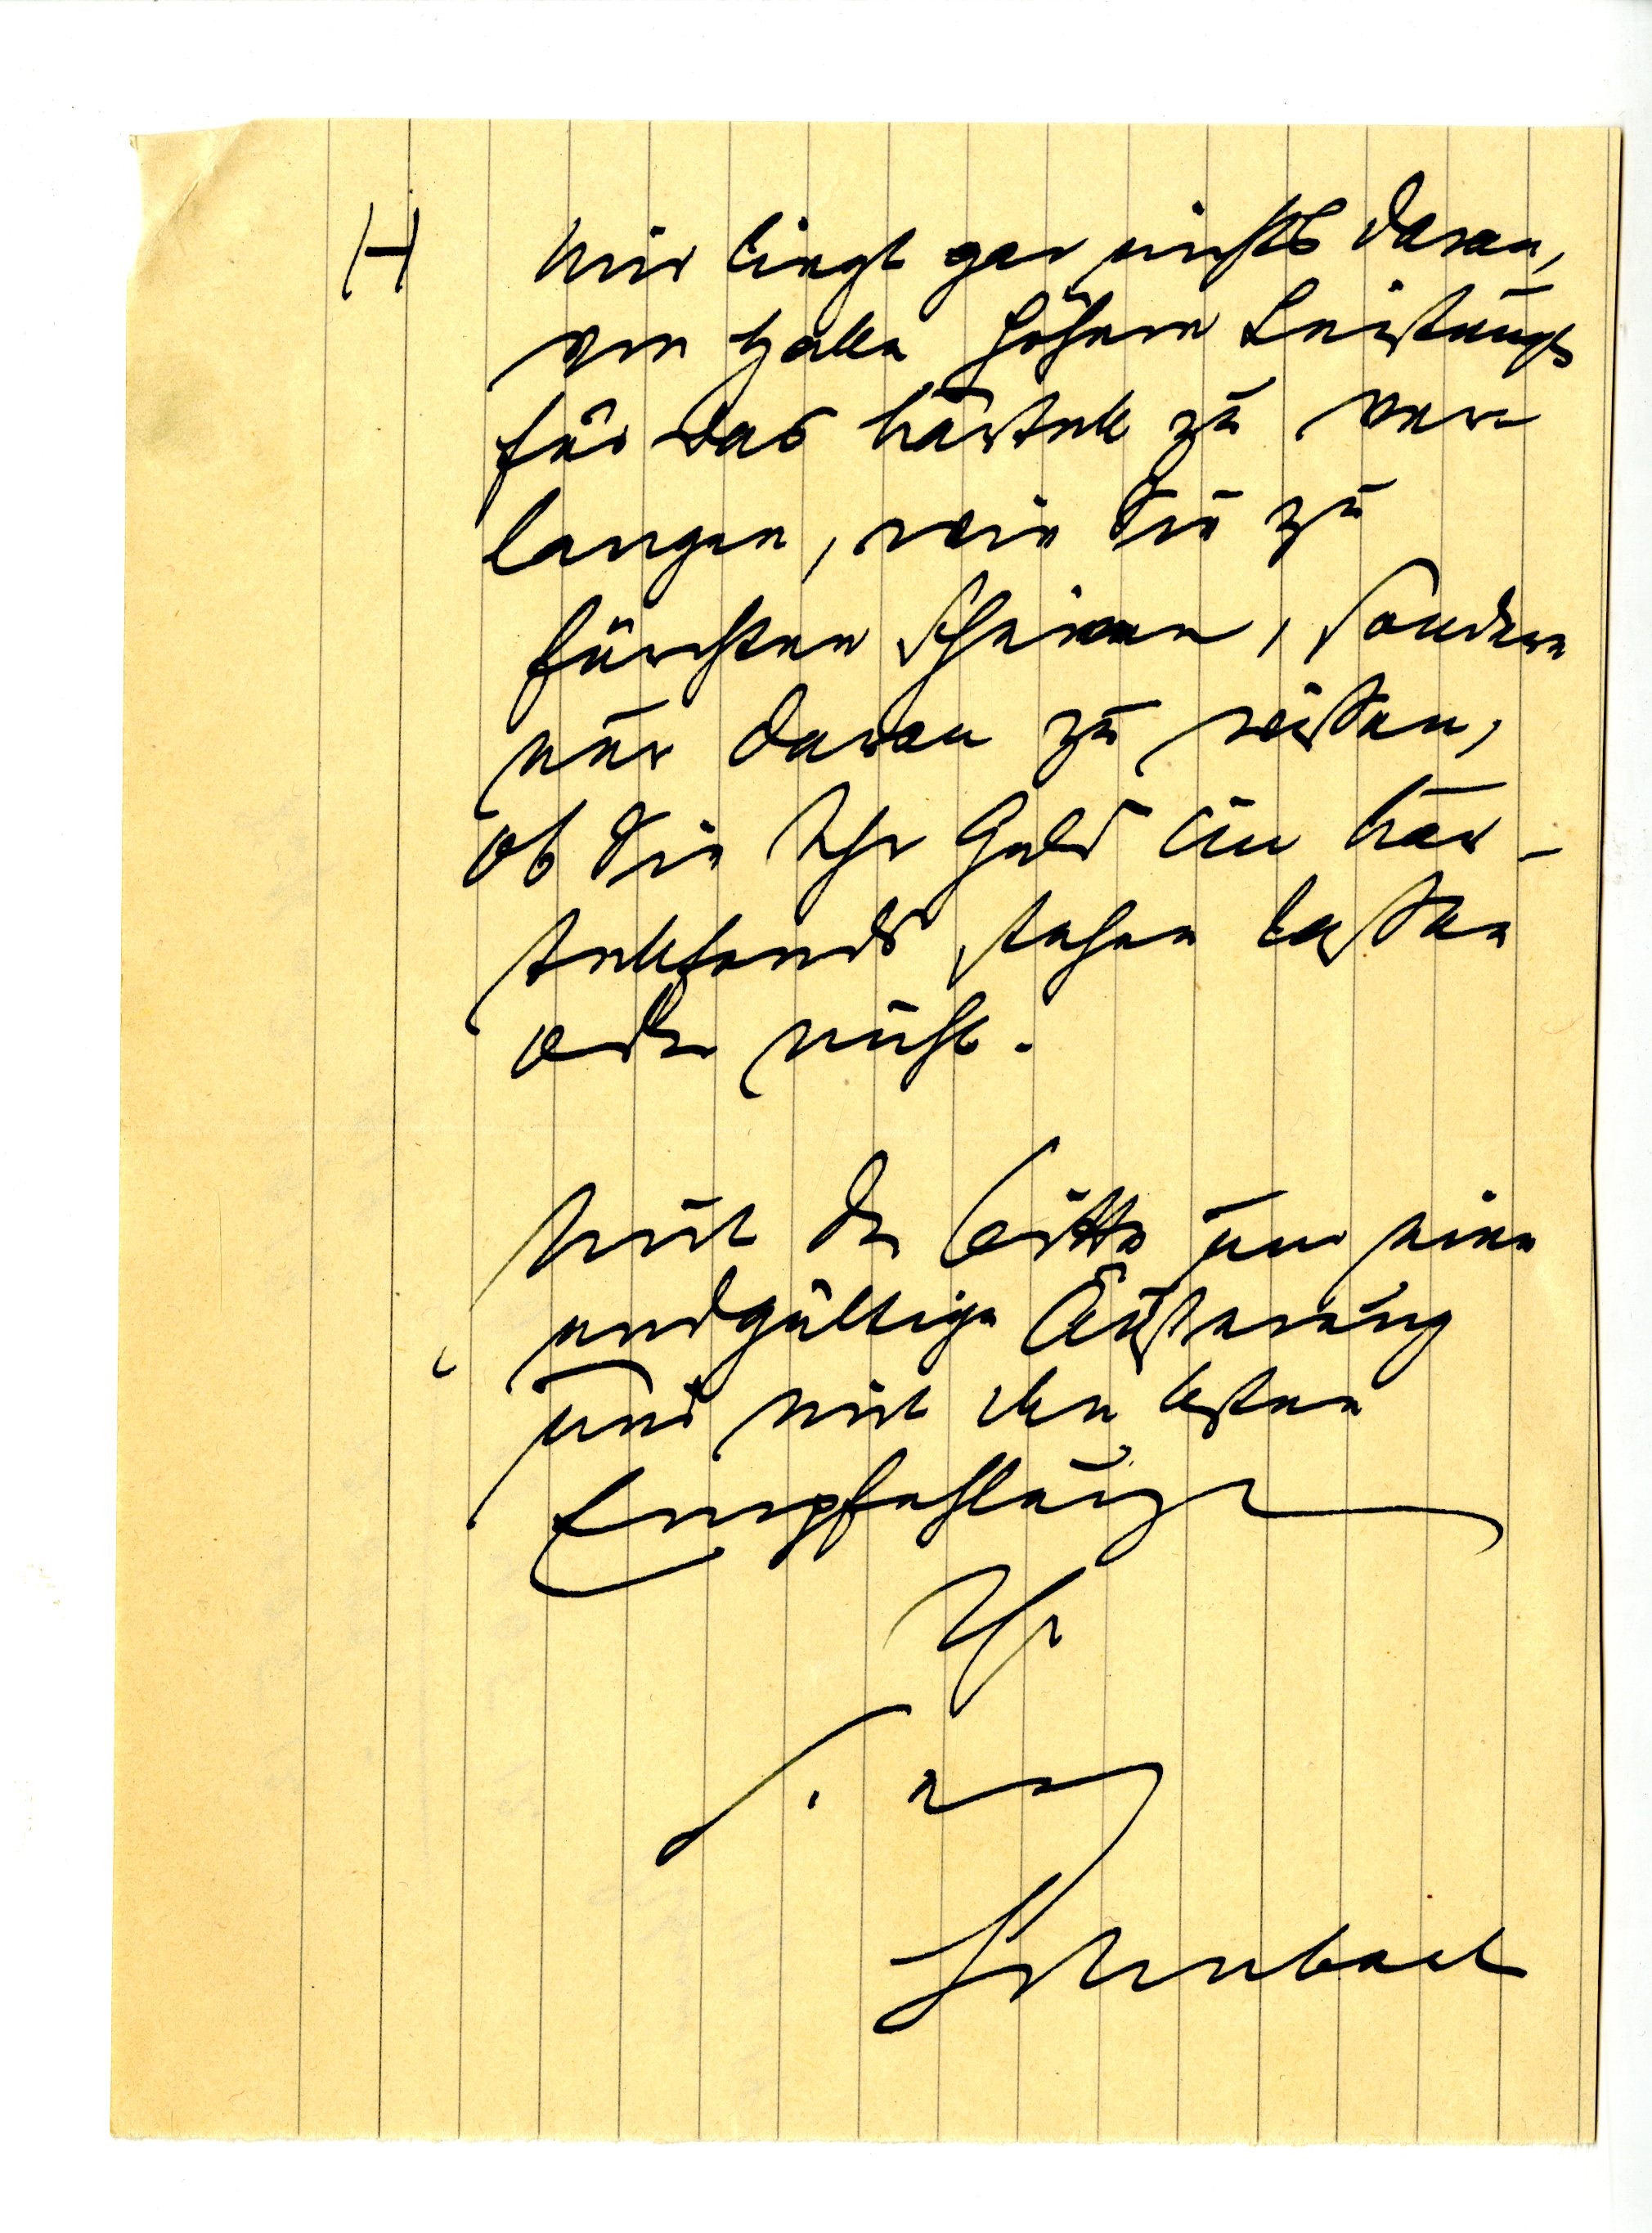
mir liegt gar nichts daran,
von Halle höhere Leistungen
für das Kartell zu ver¬
langen, wie Sie zu
fürchten scheinen, sondern
nur daran zu wissen,
ob Sie Ihr Geld in Kar¬
tellfonds stehen lassen
oder nicht.
Mit der Bitte um eine
endgültige Äußerung
und mit den besten
Empfehlungen
Ihr
s. erg
Schubart